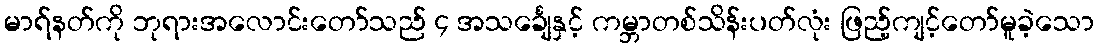
မာရ်နတ်ကို ဘုရားအလောင်းတော်သည် ၄ အသင်္ချေနှင့် ကမ္ဘာတစ်သိန်းပတ်လုံး ဖြည့်ကျင့်တော်မူခဲ့သော